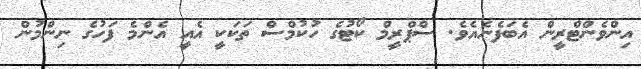
އިންވެންޓްރީން އެބަފެނެއެވެ. ސްޕްރީމް ކޯޓުގެ ހުކުމްސް ތަކަކީ އެއީ އެންމެ ފަހުގެ ނިންމުން